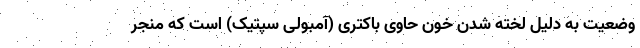
وضعیت به دلیل لخته شدن خون حاوی باکتری (آمبولی سپتیک) است که منجر